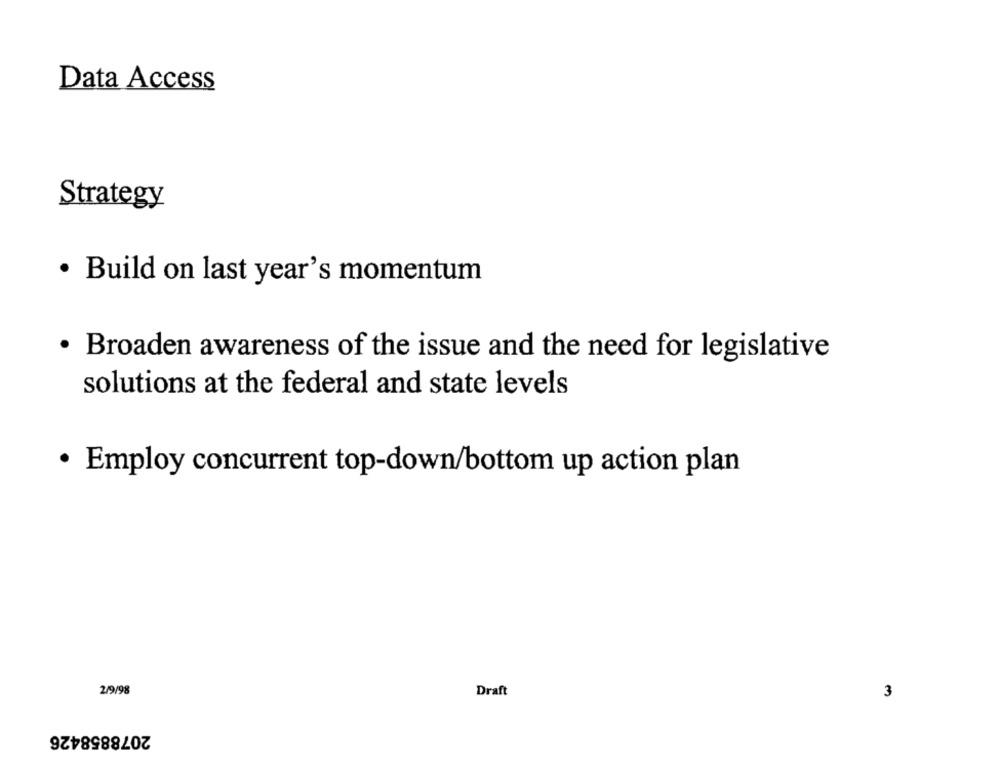
Data Access
Strategy
· Build on last year's momentum
· Broaden awareness of the issue and the need for legislative
solutions at the federal and state levels
· Employ concurrent top-down/bottom up action plan
2/9/98
Draft
3
2078858426